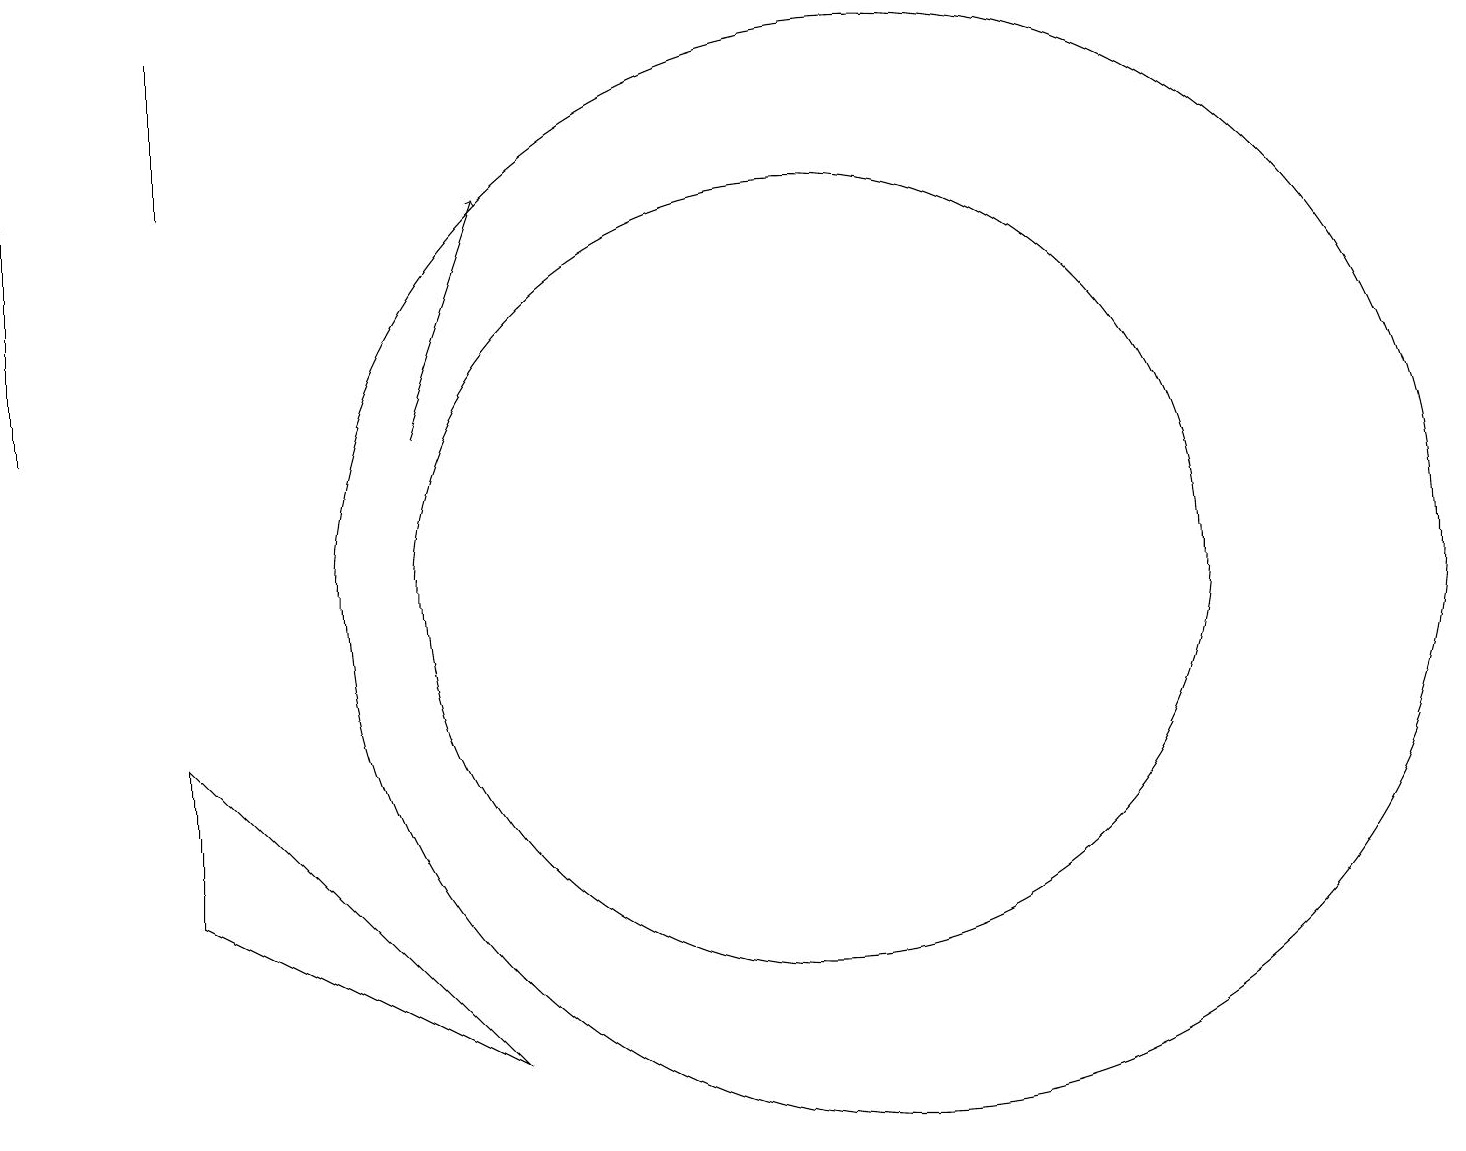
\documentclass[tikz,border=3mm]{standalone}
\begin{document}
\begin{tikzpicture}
\draw[->] (5,12) -- (6,15);
\draw (10,10) circle (5);
\draw (11,10) circle (7);
\draw (0,15) rectangle (0,12);
\draw (2,17) rectangle (2,15);
\draw (6,4) -- (2,8) -- (2,6) -- cycle;
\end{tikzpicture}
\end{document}